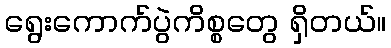
ရွေးကောက်ပွဲကိစ္စတွေ ရှိတယ်။